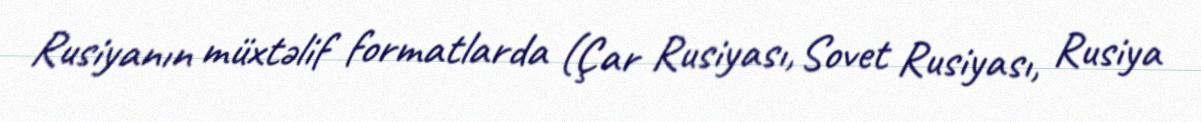
Rusiyanın müxtəlif formatlarda (Çar Rusiyası, Sovet Rusiyası, Rusiya